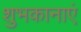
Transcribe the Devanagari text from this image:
शुभकानाएं